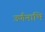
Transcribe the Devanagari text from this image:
उर्णनाभि